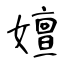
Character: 嬗